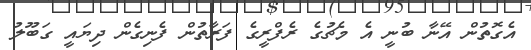
އެގޮތުން އޭނާ ބުނީ އެ މެޗުގެ ރެފްރީގެ ފަރާތުން ފެނިގެން ދިޔައީ ގަބޫލު